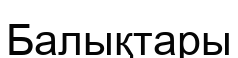
Балықтары